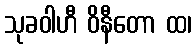
သုခဝါဟီ ဝိနီတော ထ၊